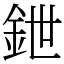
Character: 鉪